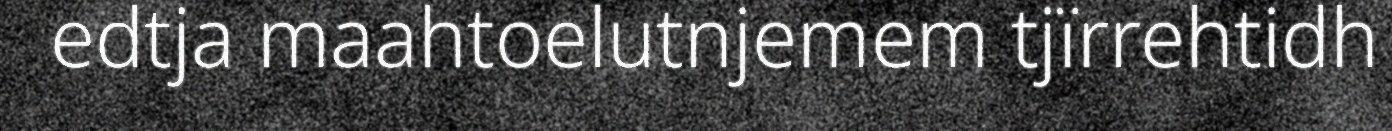
edtja maahtoelutnjemem tjïrrehtidh